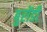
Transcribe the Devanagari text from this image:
बुरोंडी